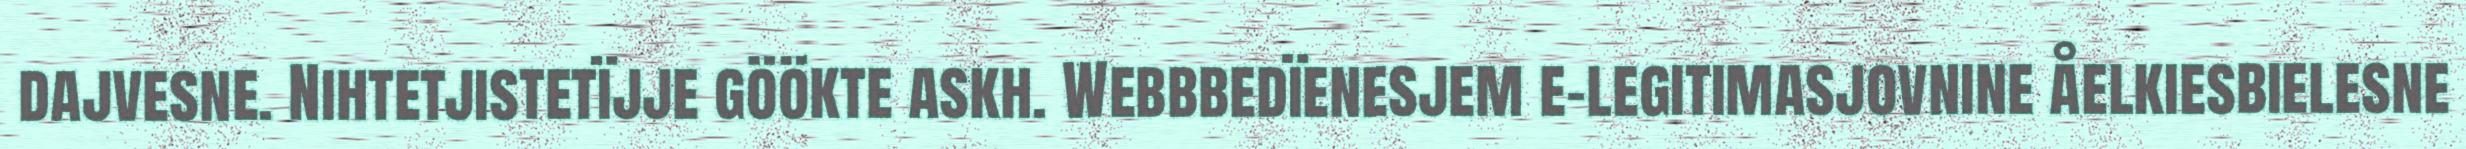
dajvesne. Nihtetjistetïjje göökte askh. Webbbedïenesjem e-legitimasjovnine åelkiesbielesne